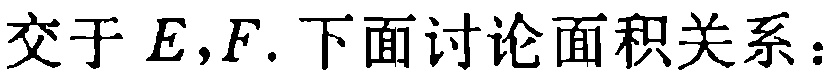
交于 \(E,F\). 下面讨论面积关系：